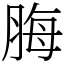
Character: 脢